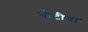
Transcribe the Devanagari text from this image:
गौटीया